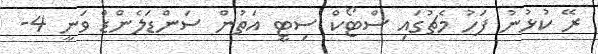
ރޭ ކުޅުނު ފަހު މެޗުގައި ސްޓޯކް ސިޓީ އަތުން ސަންޑަލެންޑް ވަނީ 4-